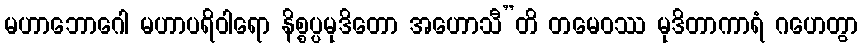
မဟာဘောဂေါ မဟာပရိဝါရော နိစ္စပ္ပမုဒိတော အဟောသီ”တိ တမေဝဿ မုဒိတာကာရံ ဂဟေတွာ